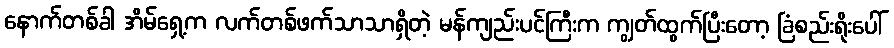
နောက်တစ်ခါ အိမ်ရှေ့က လက်တစ်ဖက်သာသာရှိတဲ့ မန်ကျည်းပင်ကြီးက ကျွတ်ထွက်ပြီးတော့ ခြံစည်းရိုးပေါ်